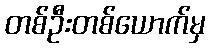
တစ်ဦးတစ်ယောက်မှ